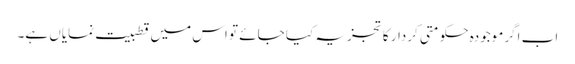
اب اگرموجودہ حکومتی کردار کا تجزیہ کیا جائے تو اس میں قطبیت نمایاں ہے۔